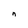
Character: n